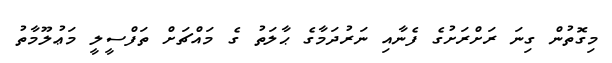
މިގޮތުން ގިނަ ރަށްރަށުގެ ފެނާއި ނަރުދަމާގެ ޙާލަތު ގެ މައްޗަށް ތަފްސީލީ މަޢުލޫމާތު